Insane asylums in Bengal annual reports 1867-1875 - 1867-1875
Year: 1867
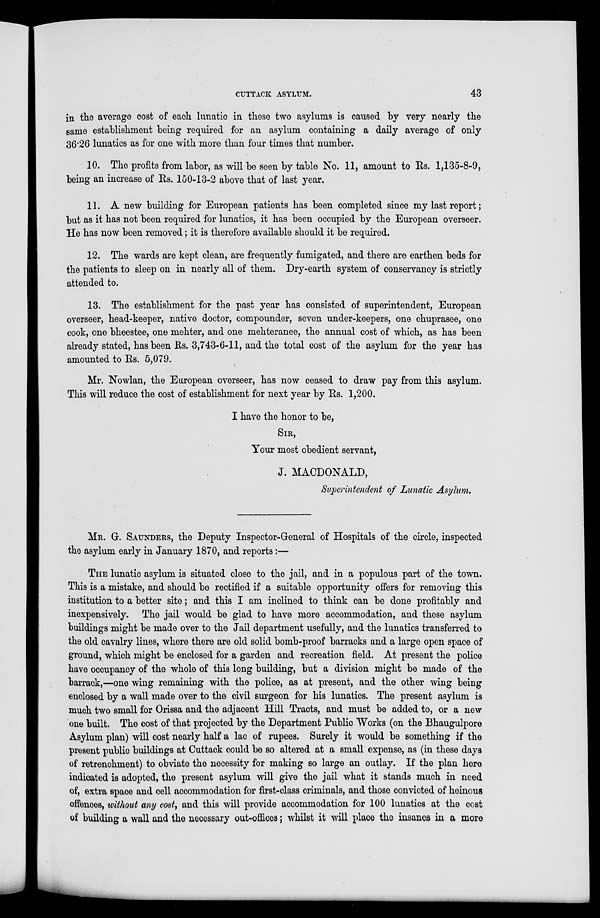
CUTTACK ASYLUM.
43
in the average cost of each lunatic in these two asylums is caused by very nearly the
same establishment being required for an asylum containing a daily average of only
36.26 lunatics as for one with more than four times that number.
10. The profits from labor, as will be seen by table No. 11, amount to Rs. 1,135-8-9,
being an increase of Rs. 150-13-2 above that of last year.
11. A new building for European patients has been completed since my last report ;
but as it has not been required for lunatics, it has been occupied by the European overseer.
He has now been removed ; it is therefore available should it be required.
12. The wards are kept clean, are frequently fumigated, and there are earthen beds for
the patients to sleep on in nearly all of them. Dry-earth system of conservancy is strictly
attended to.
13. The establishment for the past year has consisted of superintendent, European
overseer, head-keeper, native doctor, compounder, seven under-keepers, one chuprasee, one
cook, one bheestee, one mehter, and one mehteranee, the annual cost of which, as has been
already stated, has been Rs. 3,743-6-11, and the total cost of the asylum for the year has
amounted to Rs. 5,079.
Mr. Nowlan, the European overseer, has now ceased to draw pay from this asylum.
This will reduce the cost of establishment for next year by Rs. 1,200.
I have the honor to be,
SIR,
Your most obedient servant,
J. MACDONALD,
Superintendent of Lunatic Asylum.
MR. G. SAUNDERS, the Deputy Inspector-General of Hospitals of the circle, inspected
the asylum early in January 1870, and reports :—
THE lunatic asylum is situated close to the jail, and in a populous part of the town.
This is a mistake, and should be rectified if a suitable opportunity offers for removing this
institution to a better site ; and this I am inclined to think can be done profitably and
inexpensively. The jail would be glad to have more accommodation, and these asylum
buildings might be made over to the Jail department usefully, and the lunatics transferred to
the old cavalry lines, where there are old solid bomb-proof barracks and a large open space of
ground, which might be enclosed for a garden and recreation field. At present the police
have occupancy of the whole of this long building, but a division might be made of the
barrack,—one wing remaining with the police, as at present, and the other wing being
enclosed by a wall made over to the civil surgeon for his lunatics. The present asylum is
much two small for Orissa and the adjacent Hill Tracts, and must be added to, or a new
one built. The cost of that projected by the Department Public Works (on the Bhaugulpore
Asylum plan) will cost nearly half a lac of rupees. Surely it would be something if the
present public buildings at Cuttack could be so altered at a small expense, as (in these days
of retrenchment) to obviate the necessity for making so large an outlay. If the plan here
indicated is adopted, the present asylum will give the jail what it stands much in need
of, extra space and cell accommodation for first-class criminals, and those convicted of heinous
offences, without any cost, and this will provide accommodation for 100 lunatics at the cost
of building a wall and the necessary out-offices ; whilst it will place the insanes in a more